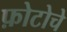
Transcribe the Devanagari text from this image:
फ़ोटोचे